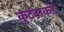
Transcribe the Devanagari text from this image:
कुटंबाकडे